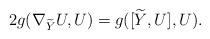
LaTeX: \begin{align*}2g(\nabla_{\widetilde{Y}} U, U) &= g([\widetilde{Y},U],U).\end{align*}